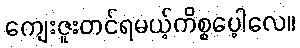
ကျေးဇူးတင်ရမယ့်ကိစ္စပေ့ါလေ။